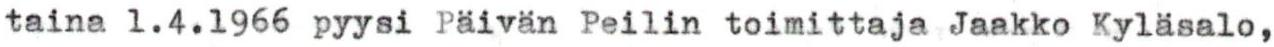
taina 1.4.1966 pyysi Päivän Peilin toimittaja Jaakko Kyläsalo,